Reports on military cantonments and civil stations in the Presidency of Bombay inspected by the Sanitary Commissioner in the years 1875 and 1876
Year: 1875
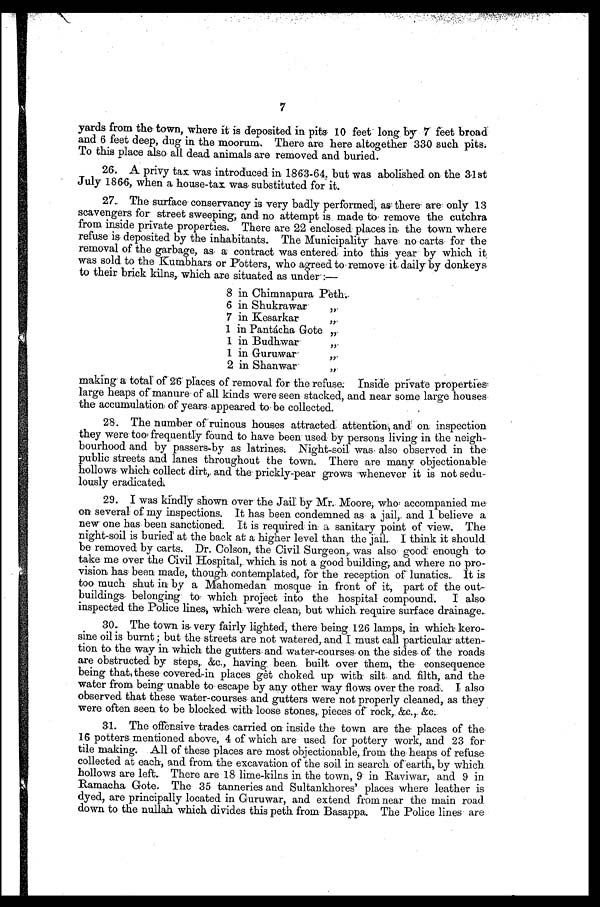
7
yards from the town, where it is deposited in pits 10 feet long by 7 feet broad
and 6 feet deep, dug in the moorum. There are here altogether 330 such pits.
To this place also all dead animals are removed and buried.
26. A privy tax was introduced in 1863-64, but was abolished on the 31st
July 1866, when a house-tax was substituted for it.
27. The surface conservancy is very badly performed, as there are only 13
scavengers for street sweeping, and no attempt is made to remove the cutchra
from inside private properties. There are 22 enclosed places in the town where
refuse is deposited by the inhabitants. The Municipality have no carts for the
removal of the garbage, as a contract was entered into this year by which it
was sold to the Kumbhars or Potters, who agreed to remove it daily by donkeys
to their brick kilns, which are situated as under:—
8 in Chimnapura Peth.
6 in Shukrawar „
7 in Kesarkar „
1 in Pantácha Gote
„
1 in Budhwar
„
1 i n G u r u w a r „
2 in Shanwar „
making a total of 26 places of removal for the refuse. Inside private properties
large heaps of manure of all kinds were seen stacked, and near some large houses
the accumulation of years appeared to be collected.
28. The number of ruinous houses attracted attention, and on inspection
they were too frequently found to have been used by persons living in the neigh
- b o u r h o o d a n d b y p a s s e r s - b y a s l a t r i n e s . N i g h t - s o i l w a s a l s o o b s e r v e d i n t h e
public streets and lanes throughout the town. There are many objectionable
hollows which collect dirt, and the prickly-pear grows whenever it is not sedu
- l o u s l y e r a d i c a t e d .
29. I was kindly shown over the Jail by Mr. Moore, who accompanied me
on several of my inspections. It has been condemned as a jail, and I believe a
new one has been sanctioned. It is required in a sanitary point of view. The
night-soil is buried at the back at a higher level than the jail. I think it should
be removed by carts. Dr. Colson, the Civil Surgeon, was also good enough to
take me over the Civil Hospital, which is not a good building, and where no pro
- v i s i o n h a s b e e n m a d e , t h o u g h c o n t e m p l a t e d , f o r t h e r e c e p t i o n o f l u n a t i c s . I t i s
too much shut in by a Mahomedan mosque in front of it, part of the out
- b u i l d i n g s b e l o n g i n g t o w h i c h p r o j e c t i n t o t h e h o s p i t a l c o m p o u n d . I a l s o
inspected the Police lines, which were clean, but which require surface drainage.
30. The town is very fairly lighted, there being 126 lamps, in which kero
-sine oil is burnt; but the streets are not watered, and I must call particular atten
- t i o n t o t h e w a y i n w h i c h t h e g u t t e r s a n d w a t e r - c o u r s e s o n t h e s i d e s o f t h e r o a d s
are obstructed by steps, &c., having been built over them, the consequence
being that these covered-in places get choked up with silt and filth, and the
water from being unable to escape by any other way flows over the road. I also
observed that these water-courses and gutters were not properly cleaned, as they
were often seen to be blocked with loose stones, pieces of rock, &c., &c.
31. The offensive trades carried on inside the town are the places of the
16 potters mentioned above, 4 of which are used for pottery work, and 23 for
tile making. All of these places are most objectionable, from the heaps of refuse
collected at each, and from the excavation of the soil in search of earth, by which
hollows are left. There are 18 lime-kilns in the town, 9 in Raviwar, and 9 in
Ramacha Gote. The 35 tanneries and Sultankhores' places where leather is
dyed, are principally located in Guruwar, and extend from near the main road
down to the nullah which divides this peth from Basappa. The Police lines are